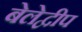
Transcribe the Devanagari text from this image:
बेलेद्वीप